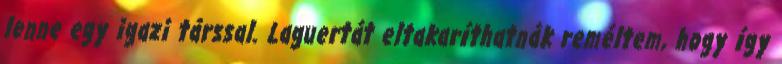
lenne egy igazi társsal. Laguertát eltakaríthatnák reméltem, hogy így